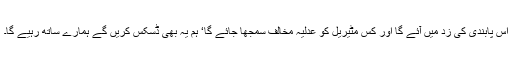
اس پابندی کی زد میں آئے گا اور کس مٹیریل کو عدلیہ مخالف سمجھا جائے گا‘ ہم یہ بھی ڈسکس کریں گے ہمارے ساتھ رہیے گا۔